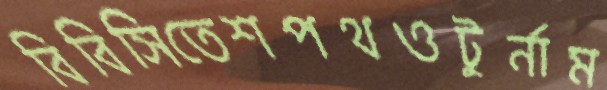
বিবিসিতেশপথওটুর্নাম